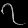
Digit: ၇